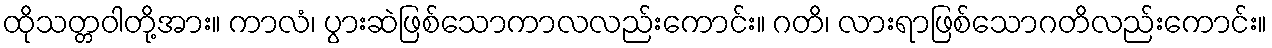
ထိုသတ္တဝါတို့အား။ ကာလံ၊ ပွားဆဲဖြစ်သောကာလလည်းကောင်း။ ဂတိ၊ လားရာဖြစ်သောဂတိလည်းကောင်း။